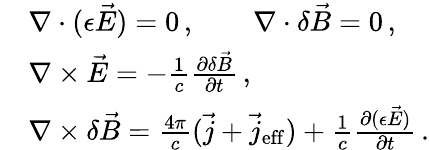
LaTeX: \begin{array}{rl}&{\nabla\cdot(\epsilon\vec{E})=0\, ,\qquad\nabla\cdot\delta\vec{B}=0\, ,}\\ &{\nabla\times\vec{E}=-\frac 1c\frac{\partial\delta\vec{B}}{\partial t}\, ,}\\ &{\nabla\times\delta\vec{B}=\frac{4\pi}{c}(\vec{j}+\vec{j}_{\mathrm{eff}})+\frac 1c\frac{\partial(\epsilon\vec{E})}{\partial t}\, .}\end{array}